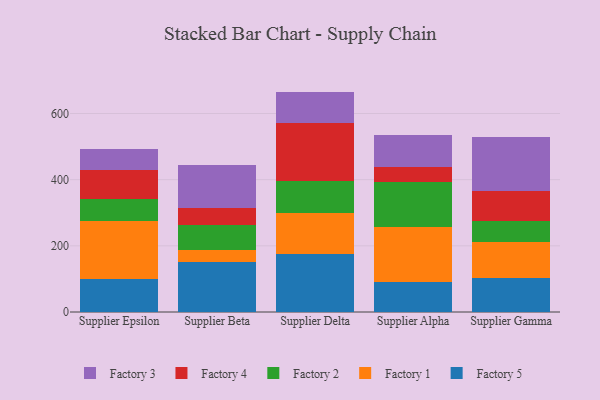
{"axis": {"x": "Supplier", "y": "Production Output"}, "legend": ["Factory 1", "Factory 2", "Factory 3", "Factory 4", "Factory 5"], "data": [{"x": "Supplier Epsilon", "y": 99.6, "type": "Factory 5"}, {"x": "Supplier Epsilon", "y": 176.9, "type": "Factory 1"}, {"x": "Supplier Epsilon", "y": 66.5, "type": "Factory 2"}, {"x": "Supplier Epsilon", "y": 85.5, "type": "Factory 4"}, {"x": "Supplier Epsilon", "y": 65.0, "type": "Factory 3"}, {"x": "Supplier Beta", "y": 152.3, "type": "Factory 5"}, {"x": "Supplier Beta", "y": 34.1, "type": "Factory 1"}, {"x": "Supplier Beta", "y": 77.6, "type": "Factory 2"}, {"x": "Supplier Beta", "y": 51.8, "type": "Factory 4"}, {"x": "Supplier Beta", "y": 129.0, "type": "Factory 3"}, {"x": "Supplier Delta", "y": 176.3, "type": "Factory 5"}, {"x": "Supplier Delta", "y": 123.9, "type": "Factory 1"}, {"x": "Supplier Delta", "y": 95.9, "type": "Factory 2"}, {"x": "Supplier Delta", "y": 173.9, "type": "Factory 4"}, {"x": "Supplier Delta", "y": 96.2, "type": "Factory 3"}, {"x": "Supplier Alpha", "y": 89.5, "type": "Factory 5"}, {"x": "Supplier Alpha", "y": 168.0, "type": "Factory 1"}, {"x": "Supplier Alpha", "y": 136.1, "type": "Factory 2"}, {"x": "Supplier Alpha", "y": 45.0, "type": "Factory 4"}, {"x": "Supplier Alpha", "y": 95.4, "type": "Factory 3"}, {"x": "Supplier Gamma", "y": 101.3, "type": "Factory 5"}, {"x": "Supplier Gamma", "y": 108.8, "type": "Factory 1"}, {"x": "Supplier Gamma", "y": 65.4, "type": "Factory 2"}, {"x": "Supplier Gamma", "y": 89.8, "type": "Factory 4"}, {"x": "Supplier Gamma", "y": 162.6, "type": "Factory 3"}]}